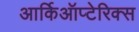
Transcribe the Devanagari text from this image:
आर्किऑप्टेरिक्स